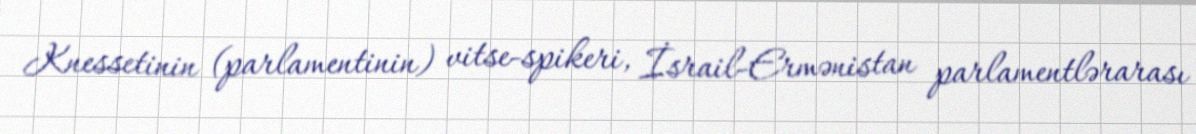
Knessetinin (parlamentinin) vitse-spikeri, İsrail-Ermənistan parlamentlərarası